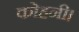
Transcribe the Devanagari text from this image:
कोहनी।